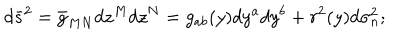
d { \bar { s } } ^ { 2 } = \bar { g } _ { M N } d z ^ { M } d z ^ { N } = g _ { a b } ( y ) d y ^ { a } d y ^ { b } + r ^ { 2 } ( y ) d \sigma _ { n } ^ { 2 } ;